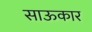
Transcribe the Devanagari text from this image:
साऊकार